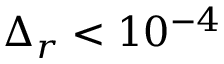
\Delta _ { r } < 1 0 ^ { - 4 }